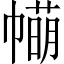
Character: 𢅆